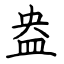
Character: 盎